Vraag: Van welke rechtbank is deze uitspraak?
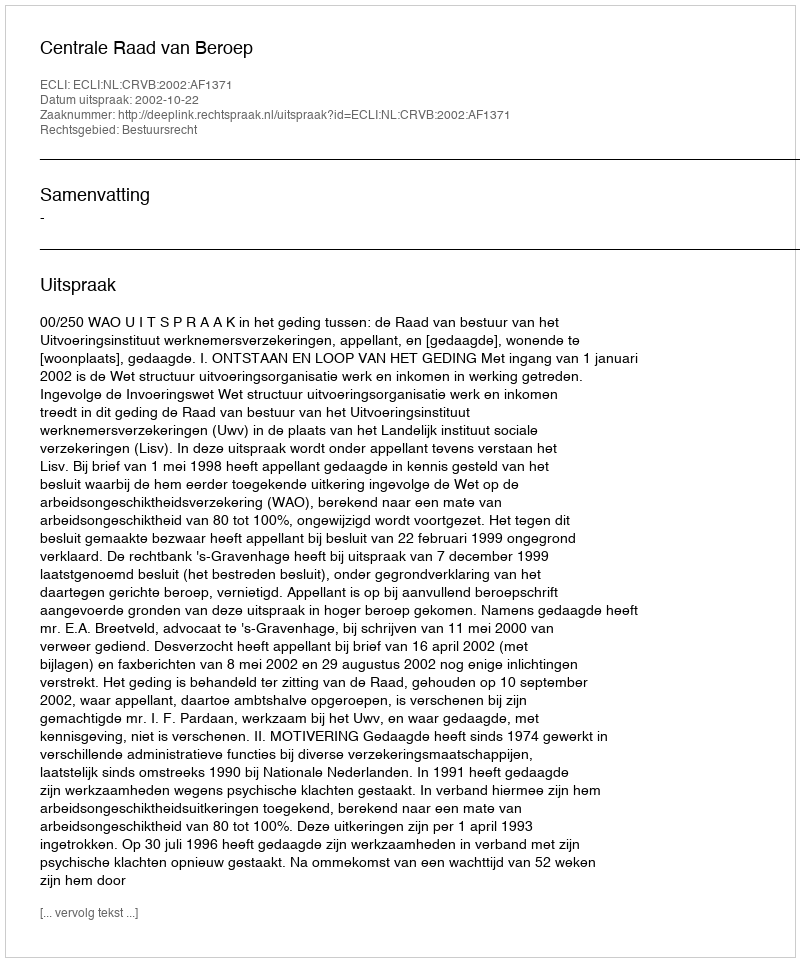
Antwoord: Centrale Raad van Beroep